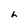
Character: h